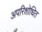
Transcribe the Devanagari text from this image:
अपरिशोधित